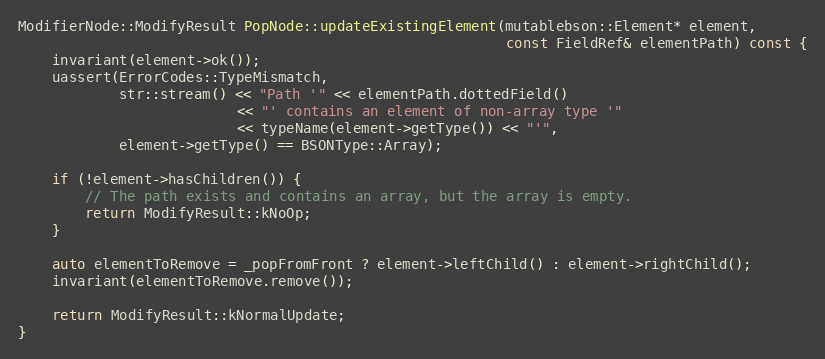
Language: C++
ModifierNode::ModifyResult PopNode::updateExistingElement(mutablebson::Element* element,
                                                          const FieldRef& elementPath) const {
    invariant(element->ok());
    uassert(ErrorCodes::TypeMismatch,
            str::stream() << "Path '" << elementPath.dottedField()
                          << "' contains an element of non-array type '"
                          << typeName(element->getType()) << "'",
            element->getType() == BSONType::Array);

    if (!element->hasChildren()) {
        // The path exists and contains an array, but the array is empty.
        return ModifyResult::kNoOp;
    }

    auto elementToRemove = _popFromFront ? element->leftChild() : element->rightChild();
    invariant(elementToRemove.remove());

    return ModifyResult::kNormalUpdate;
}